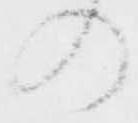
の